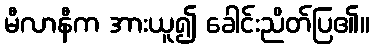
မီလာနီက အားယူ၍ ခေါင်းညိတ်ပြ၏။